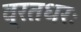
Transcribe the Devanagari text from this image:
व्रतधरः